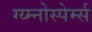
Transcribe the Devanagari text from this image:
ग्य्म्नोस्पेर्म्स